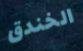
الخندق